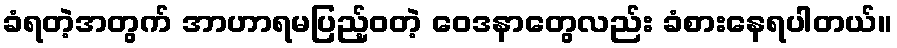
ခံရတဲ့အတွက် အာဟာရမပြည့်ဝတဲ့ ဝေဒနာတွေလည်း ခံစားနေရပါတယ်။